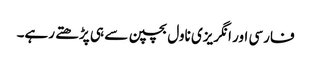
فارسی اور انگریزی ناول بچپن سے ہی پڑھتے رہے۔